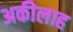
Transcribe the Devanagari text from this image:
अकीलाह